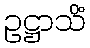
ဥဋ္ဌာသိံ